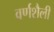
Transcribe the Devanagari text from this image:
वर्णशैली